Jaan_Tonisson_(Lasteleht), lk 277
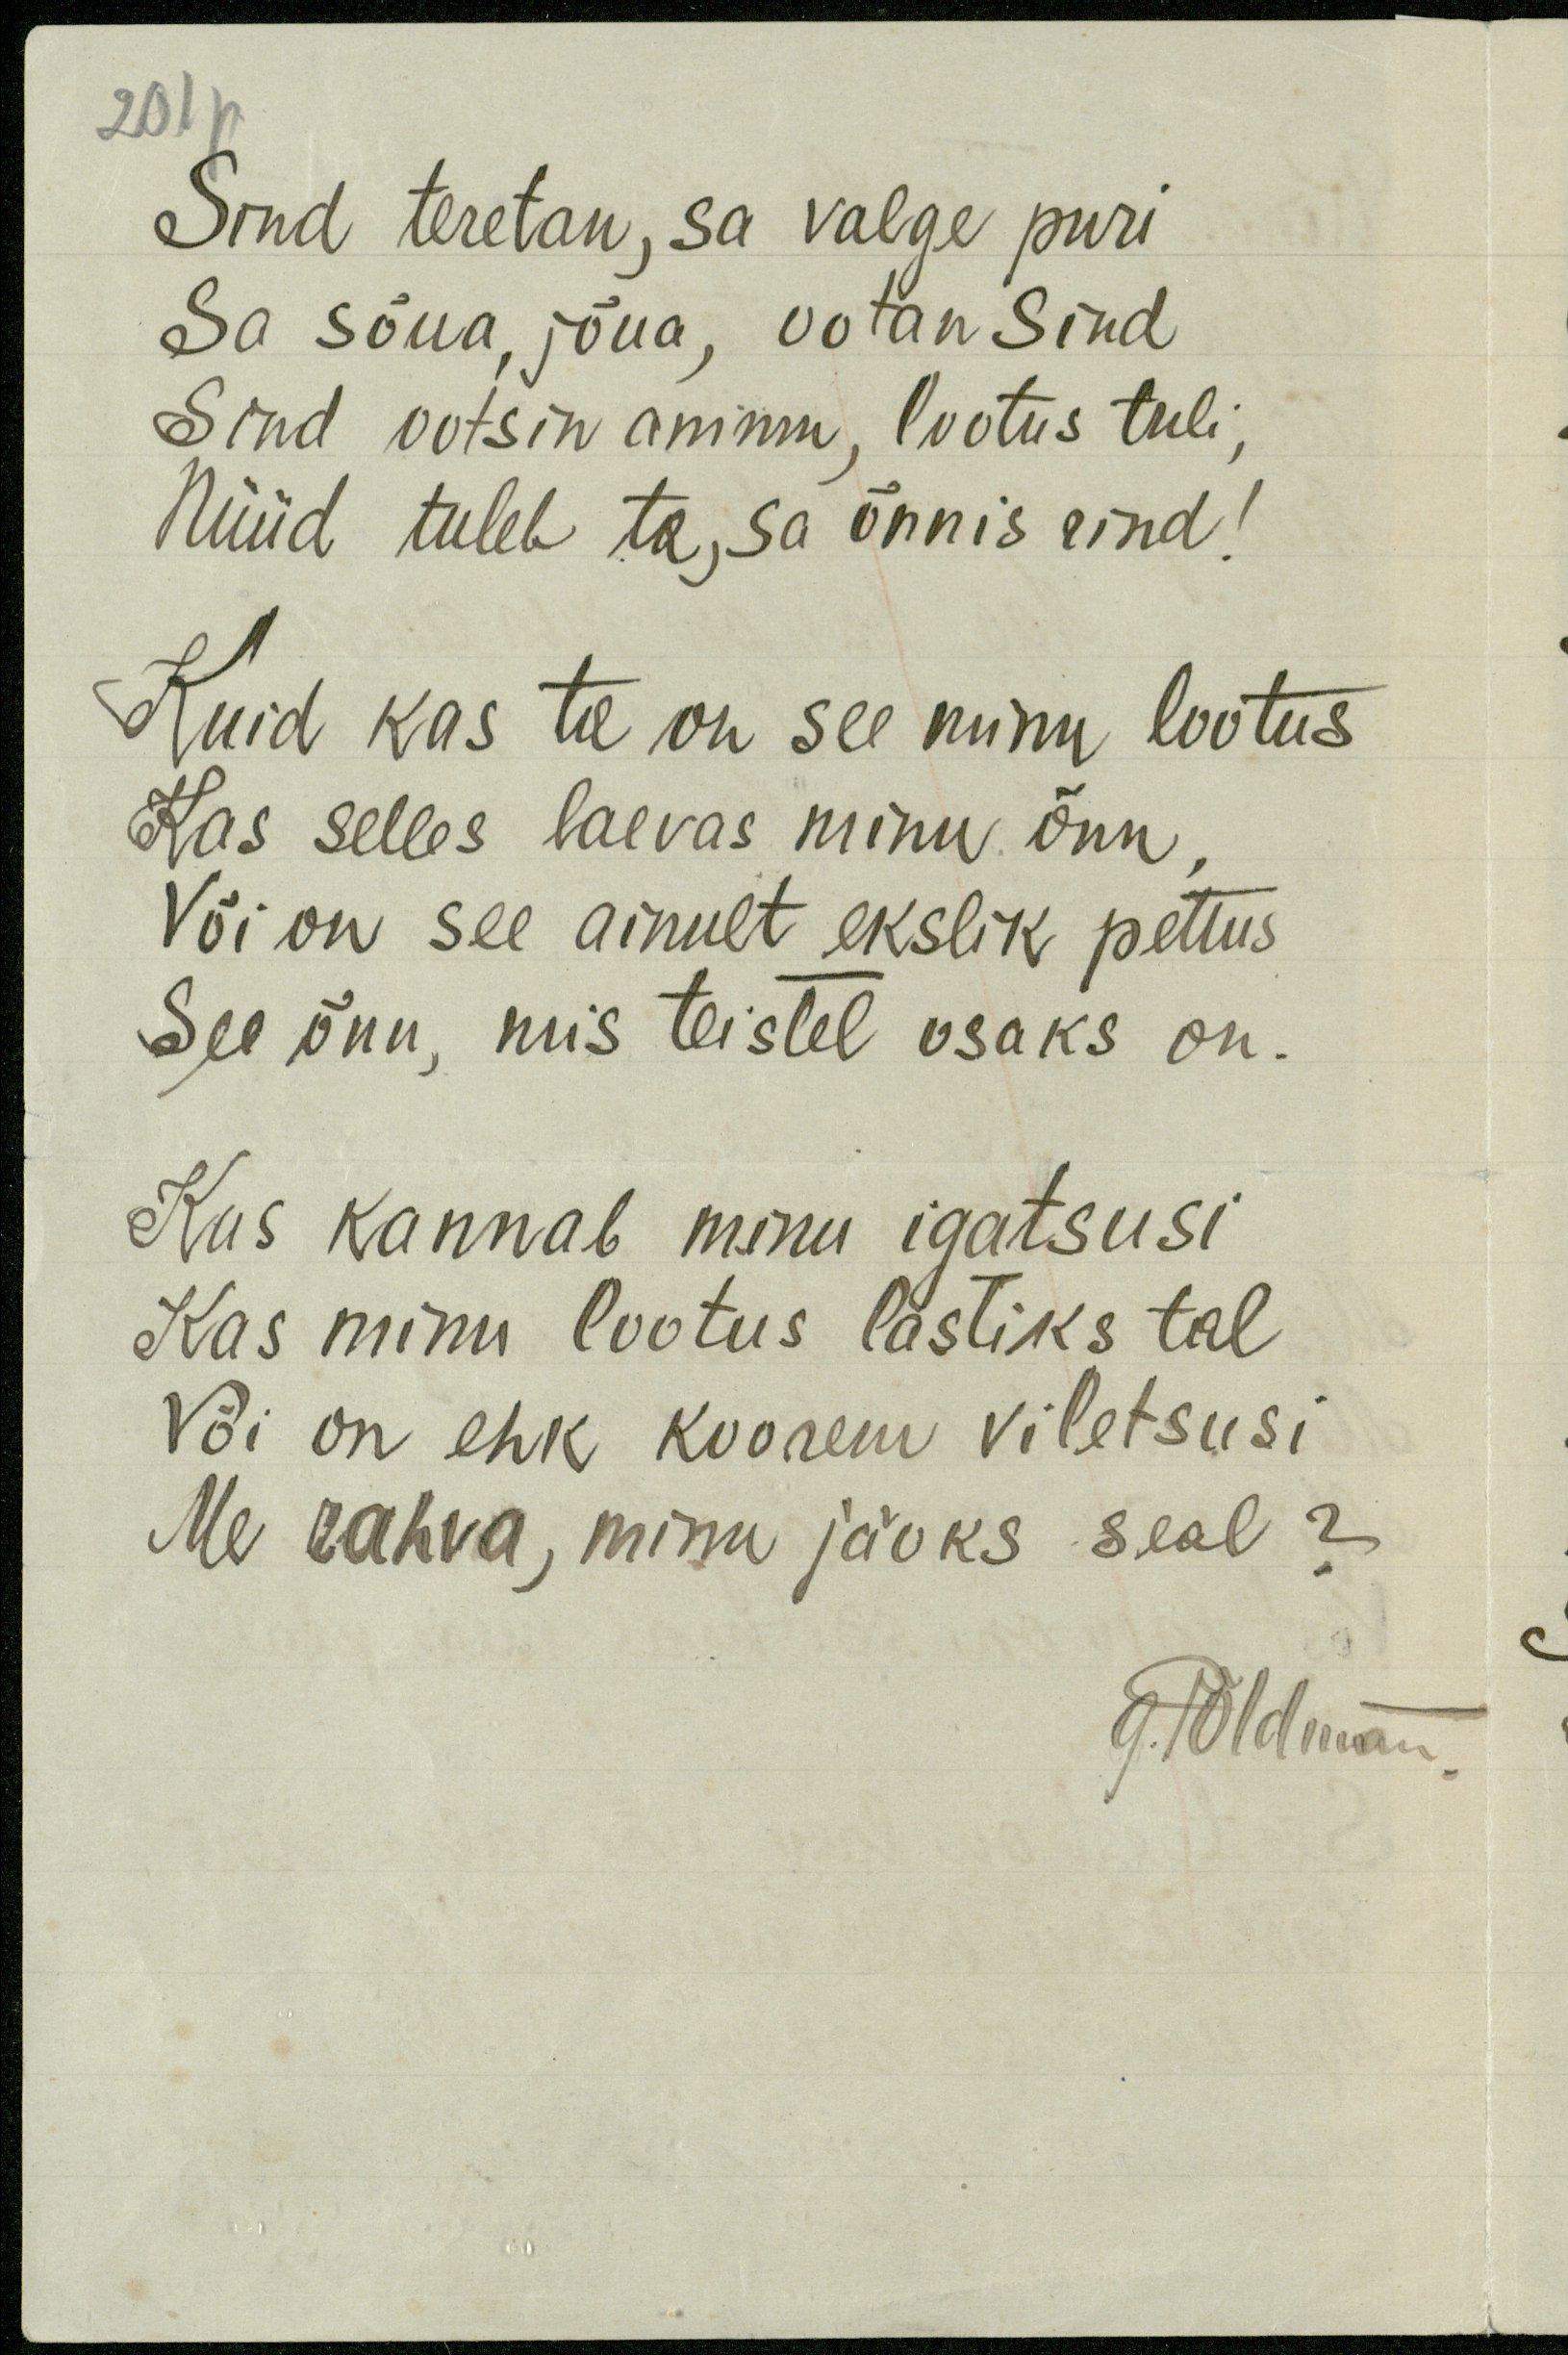
201 p
Sind teretan, sa valge puri
Sa sõua, jõua, ootan Sind
Sind ootsin ammu, lootus tuli,
Nüüd tuleb ta, sa õnnis rind!
Kuid kas ta on see minu lootus
Kas selles laevas minu õnn
Või on see ainult ekslik pettus
See õnn, mis teistel osaks on.
Kus kannab minu igatsusi
Kas minu lootus lastiks tal
Või on ehk koorem viletsusi
Me rahva, minu jaoks seal?
G. Põldmann